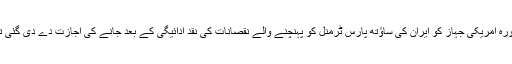
مذکورہ امریکی جہاز کو ایران کی ساؤتھ پارس ٹرمنل کو پہنچنے والے نقصانات کی نقد ادائیگی کے بعد جانے کی اجازت دے دی گئی تھی۔